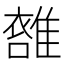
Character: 𩀖